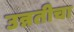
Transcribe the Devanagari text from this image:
उन्नतीचा